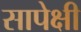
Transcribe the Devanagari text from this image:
सापेक्षी